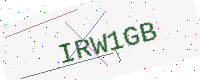
Text: IRW1GB